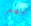
بهم